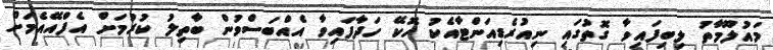
މައުލޫމާތު ލިބިފައިވާ ގޮތުގައި ނިއުރެޑިއަންޓާއެކު ހޮކޭ ހަދާފައިވާ އެއްބަސްވުން ބާތިލު ކުރުމަށް އެފްއޭއެމަށް